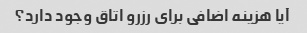
آیا هزینه اضافی برای رزرو اتاق وجود دارد؟